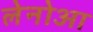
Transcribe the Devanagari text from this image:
लेनोआ